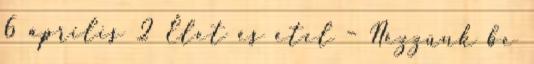
6 április 2 Élet és étel – Nézzünk be